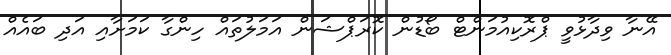
އޭނާ ވިދާޅުވީ ޕްރޮކިއުމަންޓް ބޯޑުން ކޮރަޕްޝަން އަމަލުތައް ހިންގާ ކަމަށާއި އަދި ބައެއް